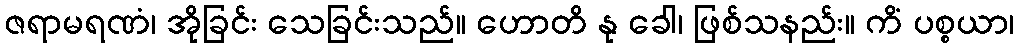
ဇရာမရဏံ၊ အိုခြင်း သေခြင်းသည်။ ဟောတိ နု ခေါ၊ ဖြစ်သနည်း။ ကိံ ပစ္စယာ၊